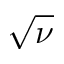
\sqrt { \nu }